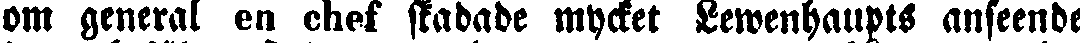
om general en chef skadade mycket Lewenhaupts anseende